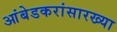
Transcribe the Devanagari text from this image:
आंबेडकरांसारख्या